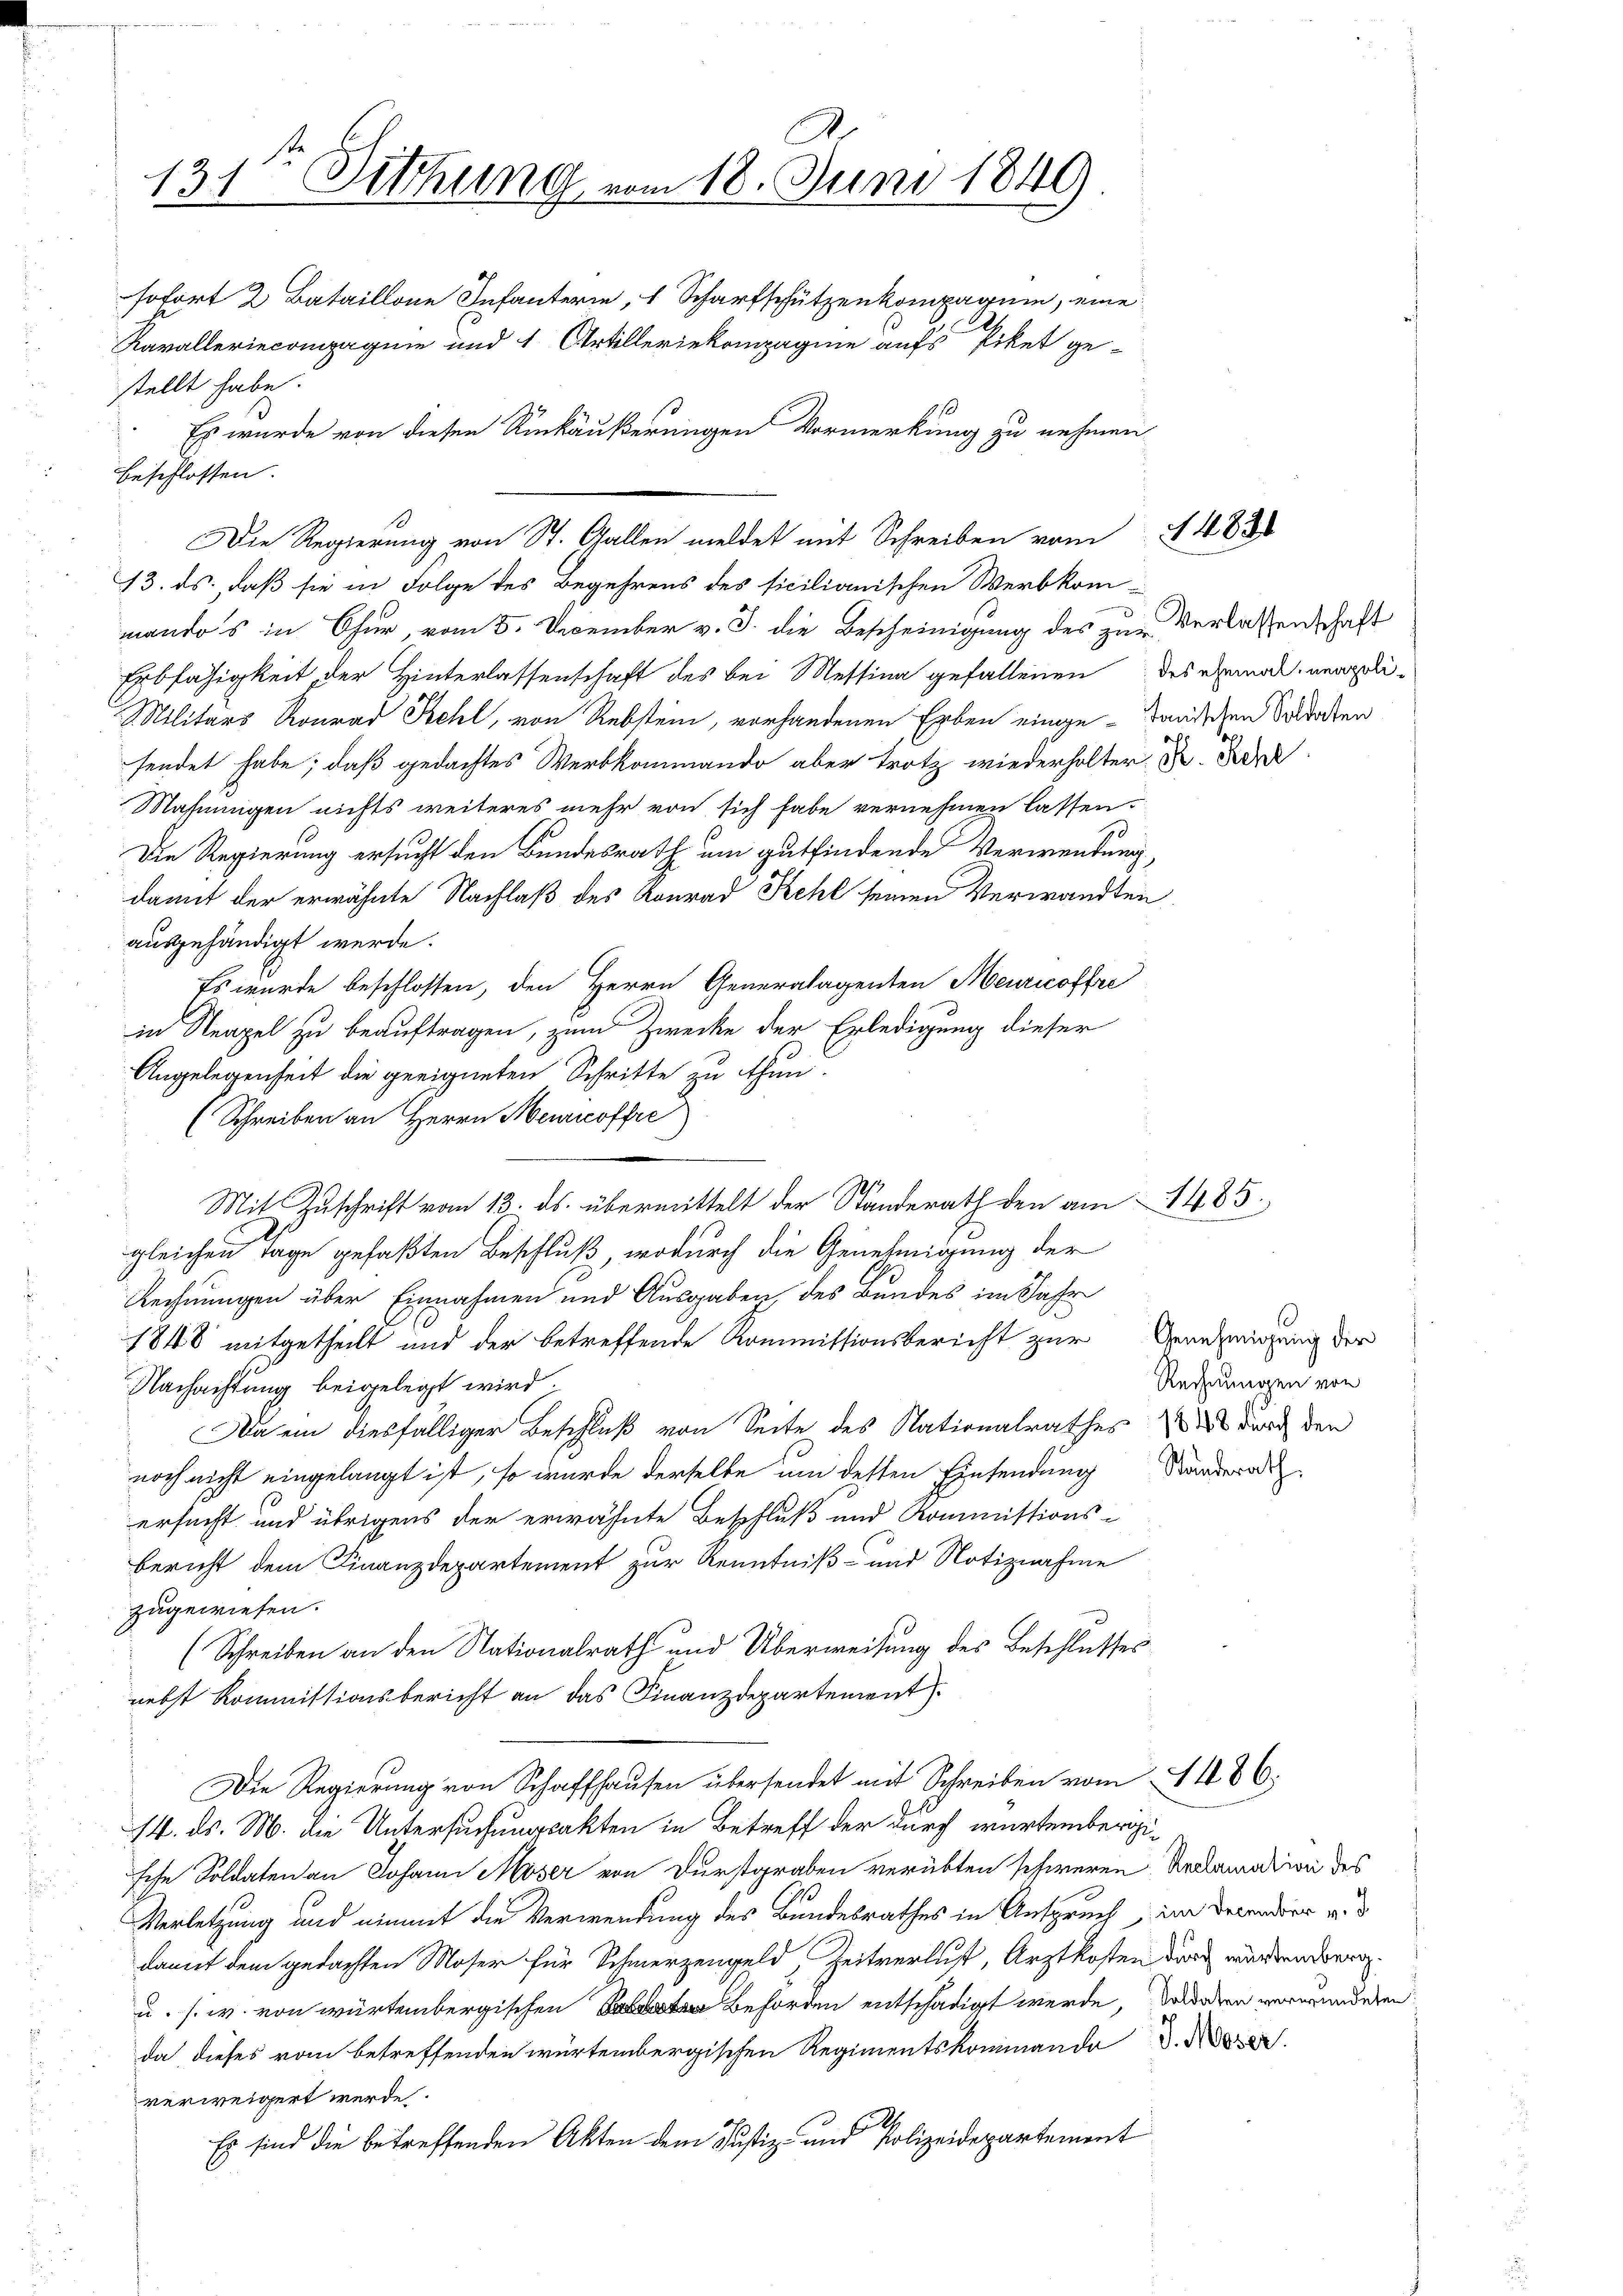
131 Dithung vom 18. Juni 1849
sofort 2 Bataillone Infanterie, 1 Scharfschützenkompagnie, eine
Kavalleriecompagnie und 1 Artilleriekompagnie aufs Piket gestellt habe.
Es wurde von diesen Umkäußerungen Vormerkung zu nehmen

beschlossen:
Die Regierung von St. Gallen meldet mit Schreiben vom
13. ds., daß sie in Folge des Begehrens des ficilianischen Werbkom-
mandos in Chur, vom 5. December v. J. die Bescheinigung des zur Verlassenschaft
Erbfähigkeit, der Hinterlassenschaft des bei Messina gefallenen des ehemand, nemli¬
Militärs Konrad Kehl, von Rebstein, vorhandenen Erben einige - dandidien Soldaten
sendet habe; daß gedachtes Werbkommando aber trotz wiederholter.  D
Mahnungen nichts weiteres mehr von sich habe vernehmen lassen.
Die Regierung ersucht den Bundesrath um gutfindende Verwendung,
damit der erwähnte Nachlaß des Konrad Kehl seinen Verwandten
ausgehändigt werde.
Es wurde beschlossen, den Herrn Generalagenten Meuricoffre
in Neapel zu beauftragen, zum Zwecke der Erledigung dieser
Angelegenheit die geeigneten Schritte zu thun.
(Schreiben an Herrn Meuricoffre
gleichen Tage gefaßten Beschluß, wodurch die Genehmigung der
Rechnungen über Einnahmen und Ausgaben, des Bundes im Jahr
1848 mitgetheilt und der betreffende Kommissionsbericht zur Genehmigung der
Nachachtung beigelegt wird.
Da ein diesfälliger Beschluß von Seite des Nationalrathes ist durch den
noch nicht eingelangt ist, so wurde derselbe um dessen Einsendung
ersucht und übrigens der erwähnte Beschluß und Kommissions-
Bericht dem Finanzdepartement zur Kenntniß- und Notiznahme
zugewiesen.
(Schreiben an den Nationalrath und Überweisung des Beschlusses
nebst Kommissionsbericht an das Finanzdepartement
Die Regierung von Schaffhausen übersendet mit Schreiben vom 41886.
14. ds. M. die Untersuchungsakten in Betreff der durch würtembergische Soldaten an Johann Moser von Durstgraben verübten schweren Reclamation des
2
Verletzung und nimmt die Verwendung des Bundesrathes in Anspruch im Detender v.
damit dem gedachten Moser für Schmerzengeld, Zeitverlust, Arztkosten durch wurden der¬
u. s. w. von würtembergischen Behörden entschädigt werde, worden verwunderen:
da dieses vom betreffenden würtembergischen Regimentskommando d. Me
verweigert werde.
Es sind die betreffenden Akten dem Justiz- und Polizeidepartement

Mit Zuschrift vom 13. ds. übermittelt der Standerath den am 1483.

483

Rechnungen von
Standerath